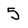
Character: 5